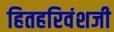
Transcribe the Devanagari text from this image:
हितहरिवंशजी